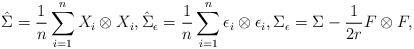
LaTeX: \begin{align*} \hat\Sigma=\frac{1}{n}\sum_{i=1}^nX_i\otimes X_i, \hat\Sigma_\epsilon=\frac{1}{n}\sum_{i=1}^n\epsilon_i\otimes\epsilon_i,\Sigma_\epsilon=\Sigma-\frac{1}{2r}F\otimes F,\end{align*}